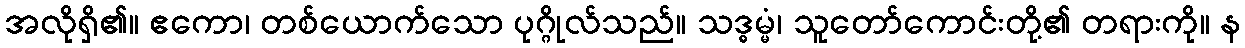
အလိုရှိ၏။ ဧကော၊ တစ်ယောက်သော ပုဂ္ဂိုလ်သည်။ သဒ္ဓမ္မံ၊ သူတော်ကောင်းတို့၏ တရားကို။ န